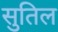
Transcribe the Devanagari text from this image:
सुतिल